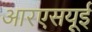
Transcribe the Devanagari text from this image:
आरएसयूई